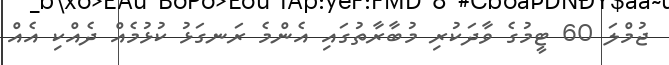
ޖުމްލަ 60 ޓީމުގެ ވާދަކުރި މުބާރާތުގައި އެންމެ ރަނގަޅު ކުޅުމެއް ދެއްކި އެއް